Scottish Leaving Certificate Examination, 1959
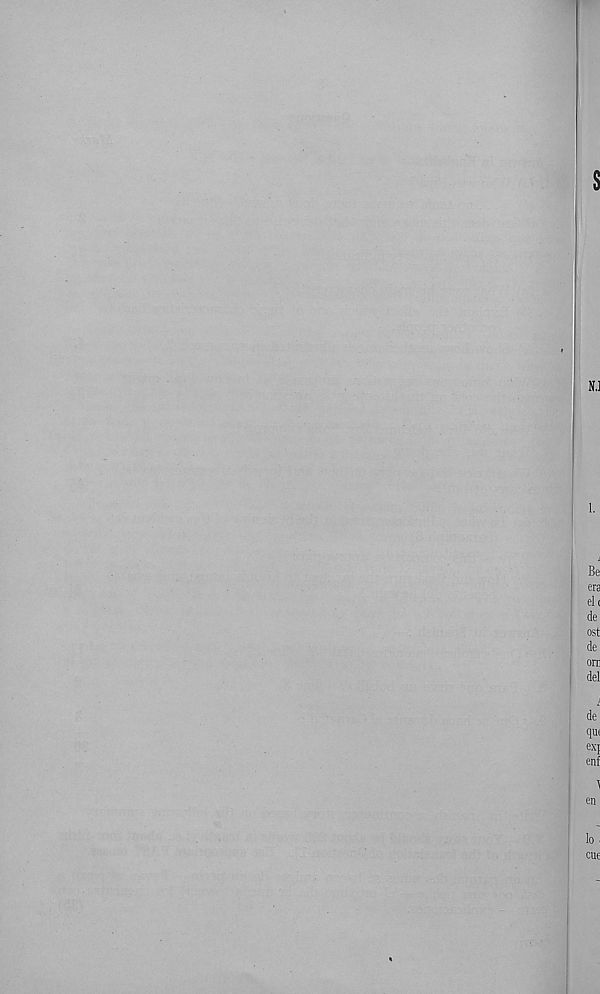
s
N.]
1.
Be
era
eh
de
ost
de
ora
del
i
de
qu(
exj
enf
en
lo i
cue